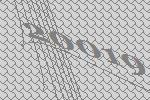
20019